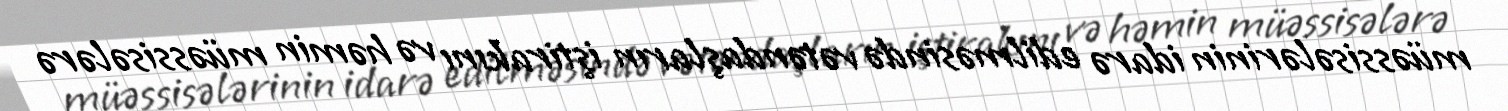
müəssisələrinin idarə edilməsində vətəndaşların iştirakını və həmin müəssisələrə